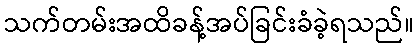
သက်တမ်းအထိခန့်အပ်ခြင်းခံခဲ့ရသည်။